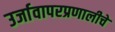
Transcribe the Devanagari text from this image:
उर्जावापरप्रणालीचे